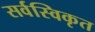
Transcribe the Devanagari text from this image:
सर्वस्विकृत